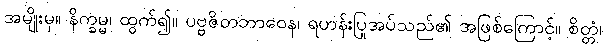
အမျိုးမှ။ နိက္ခမ္မ၊ ထွက်၍။ ပဗ္ဗဇိတဘာဝေန၊ ရဟန်းပြုအပ်သည်၏ အဖြစ်ကြောင့်။ စိတ္တံ၊